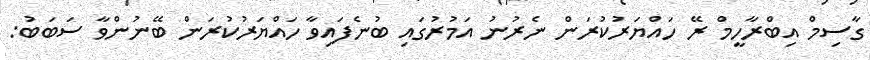
ގާސިމް އިބްރާހީމް ރޭ ހައްޔަރުކުރަން ނެރުނު އަމުރުގައި ބުނެފައިވާ ހައްޔަރުކުރަން ބޭނުންވާ ސަބަބު: